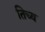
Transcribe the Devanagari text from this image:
तिच्य